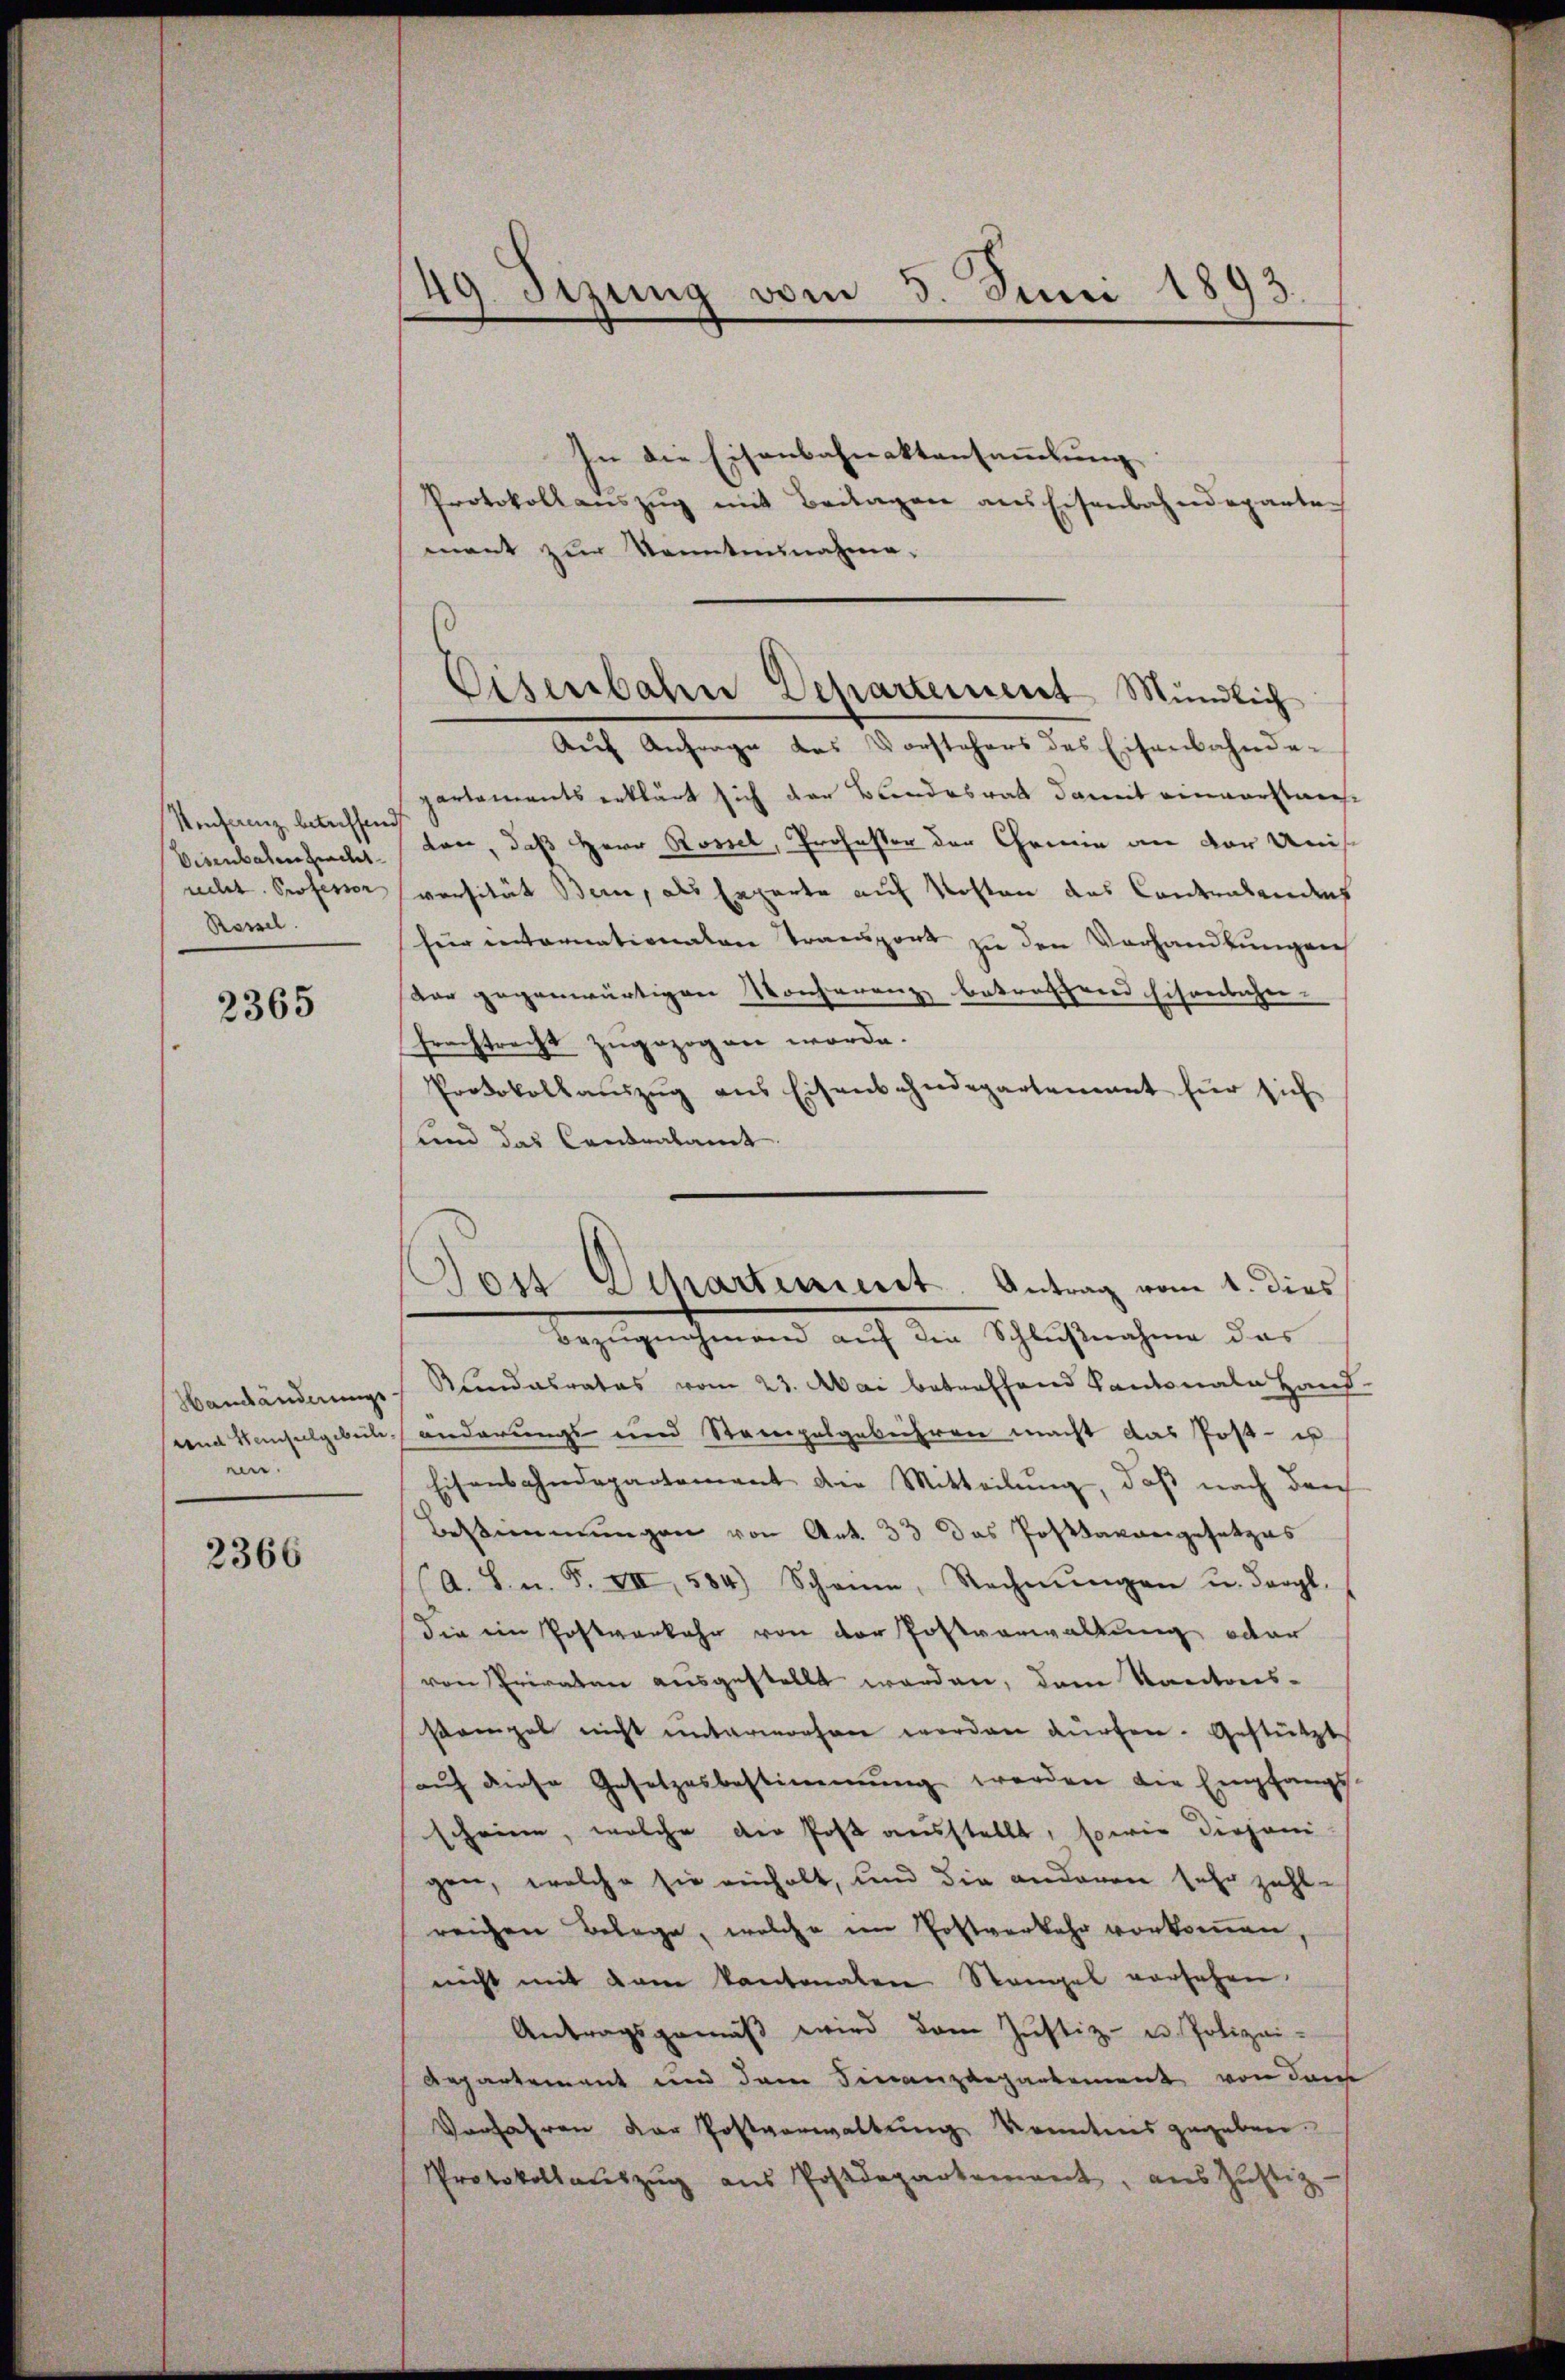
Umfang betreffend
Eisenbaren bracht
Ressel.

2365

Handänderungs
sund Hempelgebeile,
en.

2366

49. Sizung vom 3. Juni 1893.

In die Eisenbahnaktansammlung
Protokoll aŭszŭg mit Beilagen aus Eisenbahndeparten
ment zur Kenntnisnahme.

Eisenbahne Departement Mündlich

Auf Anfrage das Vorstehers des Eisenbahndepartements erklärt sich der Bundesrath damit einverstanten, daß Herr Rossel, Professor der Chemie an der auch
nelt. Professor versität Bern, als Enparte auf Kosten das Contralendes
für internationalen Transport zu den Vorhandlungen
dar gegenwärtigen Konferenz betreffend sisönlicher- |
frachtrecht zugezogen worde.
Protokollauszug aus Eisenbahndepartement für sich
und das Condralamt
Bezugnahmend auf die Schlußnahme das
Kundesrates vom 23. Mai betreffend Kantonale Hand-
änderungs- und Stempelgebühren macht das Post- u
Eisenbahndepartement die Mitteilung, daß nach durch
Bestimmungen von Art. 33 das Postkargergesetzes
(A. S. n. F. VII, 584) Scheine, Rechnŭngen u. dergl.
die ein Postverkehr von der Postverwaltung oder
von Privaten ausgestellt werden, dem Kantonsstempel nicht unterworfen worden dürfen. Gestützt
auf diese Gesetzesbestimmung werden die Empfangsscheine, welche der Post ausstellt, sowie diejeni-
gen, welche sie einhalt, und die anderen sehr zahl-
reichen Belage, welche im Postverkehr vorkommen,
nicht mit dem kantonalen Stangel vorsehen.
Antragsgemäβ wird dem Justiz- u. Polizei-
Repartement und dem Finanzdepartement von derse
Verfahren der Postverwaltung kenntnis gegeben.
Protokollaŭszŭg aŭs Postdepartement, ans Zŭstiz-

Jost Departement. Antrag vom 1. dies